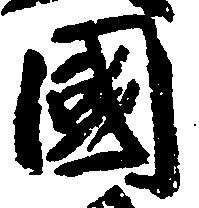
国